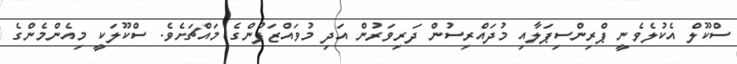
ސްކޫލް އެކުލެވެނީ ޕްރިންސިޕަލާއި މުދައްރިސުން ދަރިވަރުން އަދި މުވައްޒަފުންގެ މައްޗަށެވެ. ސްކޫލަކީ މިއެންމެންގެ